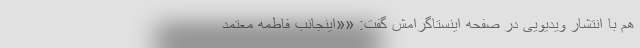
هم با انتشار ویدیویی در صفحه اینستاگرامش گفت: ««اینجانب فاطمه معتمد